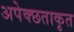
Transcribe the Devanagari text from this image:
अपेक्छताकृत